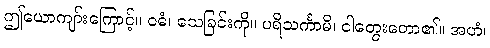
ဤယောကျာ်းကြောင့်။ ဝဓံ၊ သေခြင်းကို။ ပရိသင်္ကာမိ၊ ငါတွေးတော၏။ အဟံ၊